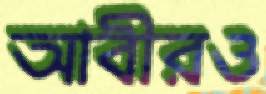
আবীরও